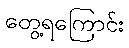
တွေ့ရကြောင်း